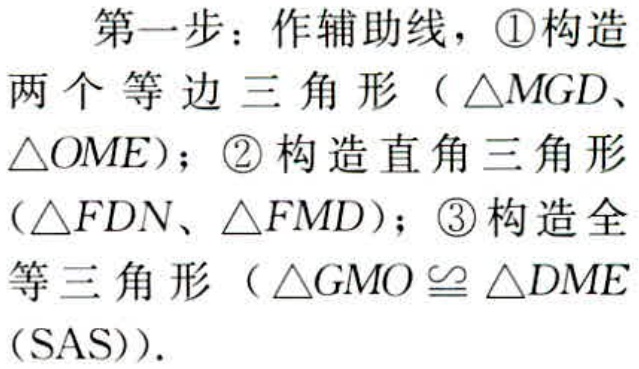
第一步：作辅助线，\textcircled{1}构造两个等边三角形（\(\triangle MGD\)、\(\triangle OME\)）；\textcircled{2}构造直角三角形（\(\triangle FDN\)、\(\triangle FMD\)）；\textcircled{3}构造全等三角形（\(\triangle GMO\cong\triangle DME\)（SAS））.